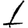
Digit: 1